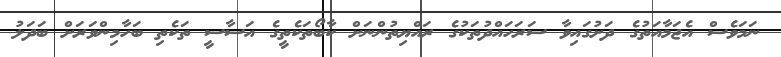
ނަމަވެސް އެޖަމާއަތުގެ ދަށުގައިވާ ސަރަހައްދުތަކުގެ ރައްޔިތުންނަށް ކާބޯތަކެތީގެ އަސާސީ ތަކެތި ބަހާމިންވަރަށް ބަދަލު